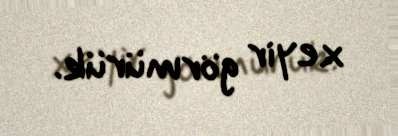
xeyir görmürük.